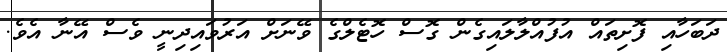
ދަބަހާއި ފޮށިތައް އުފުއްލާލައިގެން ގޮސް ހޮޓެލްގެ ވޭނަށް އަރުވައިދިނީ ވެސް އޭނާ އެވެ.